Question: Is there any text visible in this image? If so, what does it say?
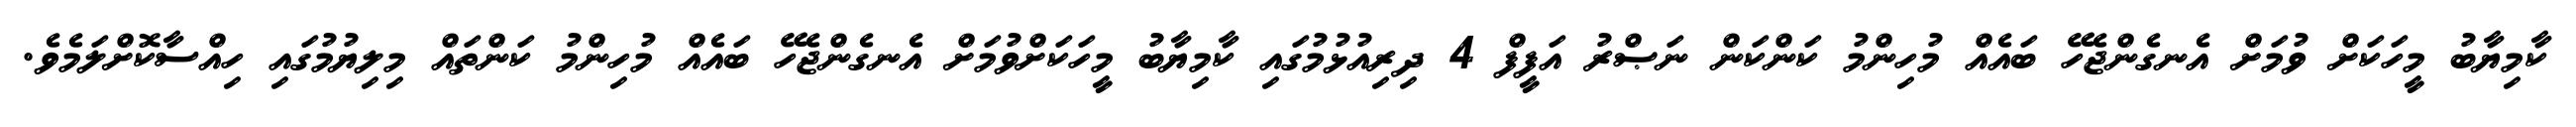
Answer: ކާމިޔާބު މީހަކަށް ވުމަށް އެނގެންޖެހޭ ބައެއް މުހިންމު ކަންކަން ނަޞްރު އަފީފް 4 ދިރިއުޅުމުގައި ކާމިޔާބު މީހަކަށްވުމަށް އެނގެންޖެހޭ ބައެއް މުހިންމު ކަންތައް މިލިޔުމުގައި ހިއްސާކޮށްލަމެވެ.